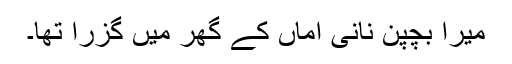
میرا بچپن نانی اماں کے گھر میں گزرا تھا۔